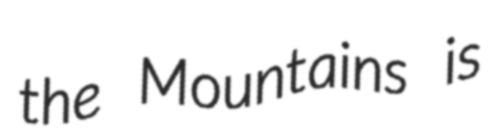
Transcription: the Mountains is